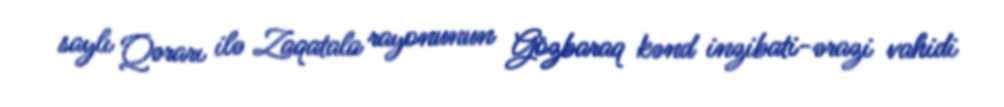
saylı Qərarı ilə Zaqatala rayonunun Gözbaraq kənd inzibati-ərazi vahidi